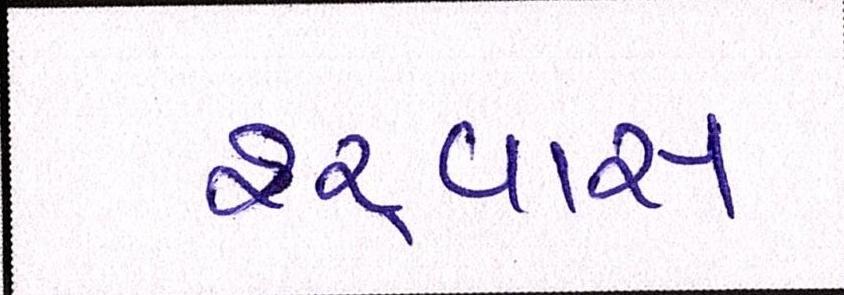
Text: શ્ર્વાસ